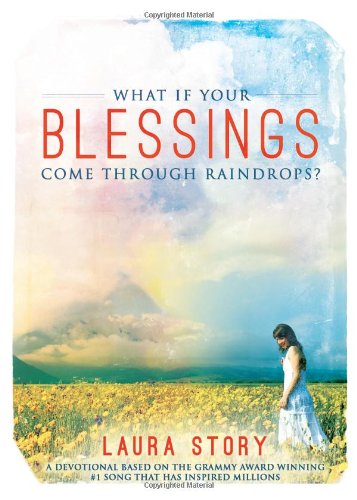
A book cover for What If Your Blessings Come Through Raindrops; Laura Story; Christian Books & Bibles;